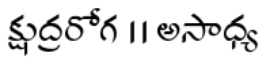
క్షుద్రరోగ ।। అసాధ్య